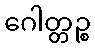
ဂေါတ္တဉ္စ